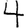
Digit: 4